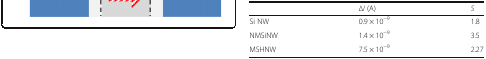
|  | ∆I (A) | S |
 | --- | --- | --- |
 | Si NW | 0.9 × 10−9 | 1.8 |
 | NMSiNW | 1.4 × 10−9 | 3.5 |
 | MSHNW | 7.5 × 10−9 | 2.27 |